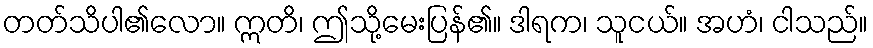
တတ်သိပါ၏လော။ ဣတိ၊ ဤသို့မေးပြန်၏။ ဒါရက၊ သူငယ်။ အဟံ၊ ငါသည်။